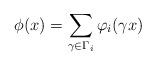
LaTeX: \begin{align*} \phi(x) = \sum_{\gamma \in \Gamma_i} \varphi_i(\gamma x)\end{align*}